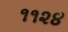
૧૧૨૪